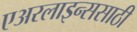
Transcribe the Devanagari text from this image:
एअरलाइन्ससाठी